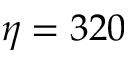
\eta = 3 2 0